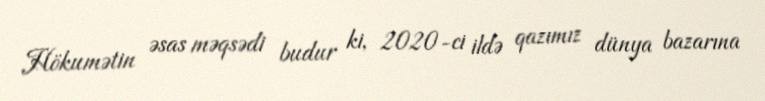
Hökumətin əsas məqsədi budur ki, 2020-ci ildə qazımız dünya bazarına